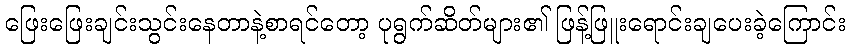
ဖြေးဖြေးချင်းသွင်းနေတာနဲ့စာရင်တော့ ပုရွက်ဆိတ်များ၏ ဖြန့်ဖြူးရောင်းချပေးခဲ့ကြောင်း